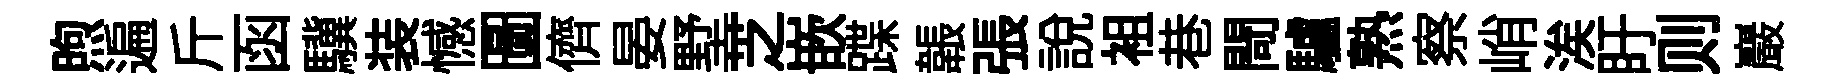
煦遍斤函驥装憾圖儕晏墅芝嵌蹀韔張説袓巷閜驢熟察峭涘盱则巖